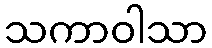
သကာဝါသာ